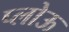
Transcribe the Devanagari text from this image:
प्लोऊ